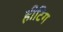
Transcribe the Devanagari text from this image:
हीटिग